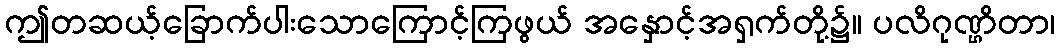
ဤတဆယ့်ခြောက်ပါးသောကြောင့်ကြဖွယ် အနှောင့်အရှက်တို့၌။ ပလိဂုဏ္ဌိတာ၊